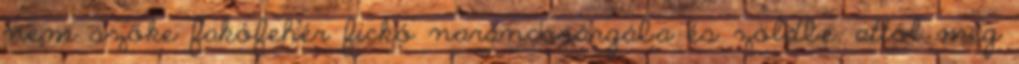
nem szőke fakófehér fickó narancssárgába és zöldbe, attól még